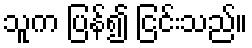
သူက ပြန်၍ ငြင်းသည်။